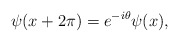
\begin{align*}\psi (x + 2\pi) = e^{-i\theta} \psi (x), \end{align*}